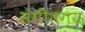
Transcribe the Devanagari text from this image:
संगीतग्य